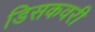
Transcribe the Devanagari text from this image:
डिसकवरी